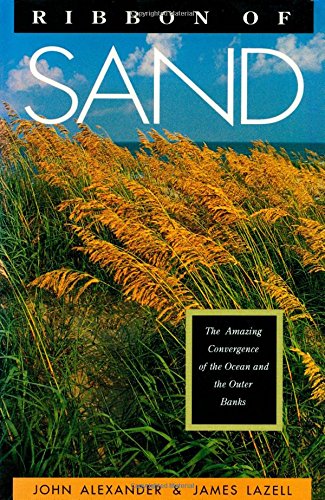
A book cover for Ribbon of Sand: The Amazing Convergence of the Ocean and the Outer Banks; John Alexander; Travel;